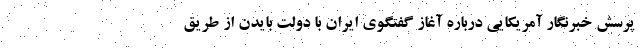
پرسش خبرنگار آمریکایی درباره آغاز گفتگوی ایران با دولت بایدن از طریق